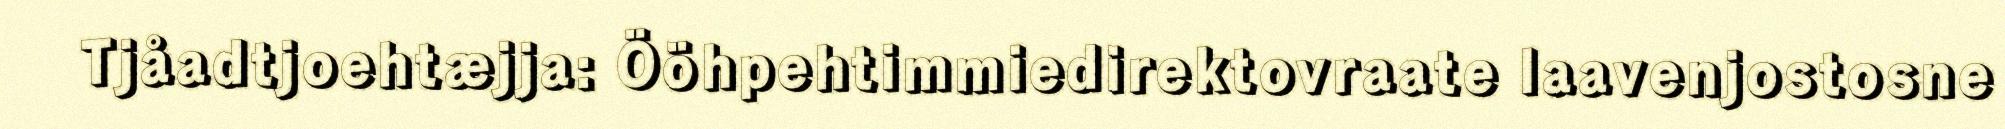
Tjåadtjoehtæjja: Ööhpehtimmiedirektovraate laavenjostosne